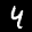
Label: 4